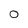
Character: 0